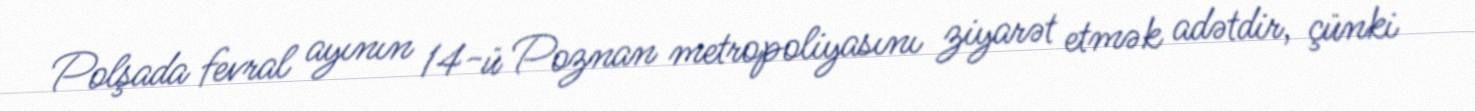
Polşada fevral ayının 14-ü Poznan metropoliyasını ziyarət etmək adətdir, çünki